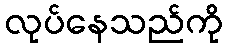
လုပ်နေသည်ကို